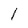
Character: l